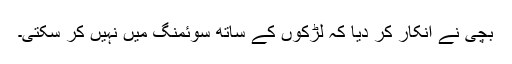
بچی نے انکار کر دیا کہ لڑکوں کے ساتھ سوئمنگ مَیں نہیں کر سکتی۔